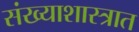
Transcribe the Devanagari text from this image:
संख्याशास्त्रात